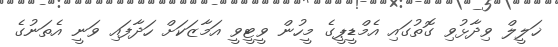
ޚަލީލް ވިދާޅުވި ގޮތުގައި އެމްޑީޕީގެ މީހުން ވީޓީވީ އަމާޒަކަށް ހަދާފައި ވަނީ އެތަނުގެ